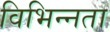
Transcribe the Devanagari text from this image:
विभिन्‍नता